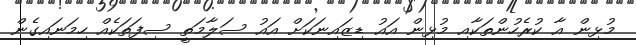
މުޅިން އާ ކުރެހުންތަކާއި މުޅިން އައު ޑިޒައިނަކަށް އައު ސަލާމަތީ ސިފަތަކެއް ހިމަނައިގެން